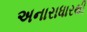
અનારાધારથી